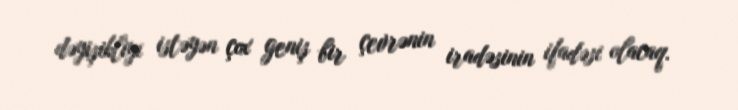
dəyişikliyi istəyən çox geniş bir çevrənin iradəsinin ifadəsi olacaq.